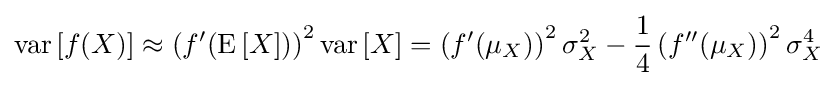
\operatorname {var} \left[f(X)\right]\approx \left(f'(\operatorname {E} \left[X\right])\right)^{2}\operatorname {var} \left[X\right]=\left(f'(\mu _{X})\right)^{2}\sigma _{X}^{2}-{\frac {1}{4}}\left(f''(\mu _{X})\right)^{2}\sigma _{X}^{4}